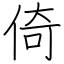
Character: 倚